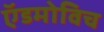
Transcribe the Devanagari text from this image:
ऍडमोविच